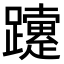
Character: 𨇈